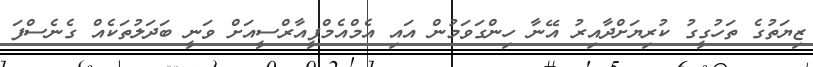
ޒިޔަތުގެ ތަހުގީގު ކުރިޔަށްދާއިރު އޭނާ ހިންގަވަމުން އައި އެމްއެމްޕީއާރްސީއަށް ވަނީ ބަދަލުތަކެއް ގެނެސްފަ